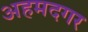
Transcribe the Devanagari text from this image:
अहमदगर